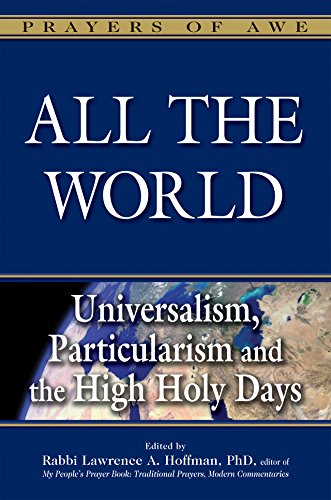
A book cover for All the World: Universalism, Particularism and the High Holy Days (Prayers of Awe); Religion & Spirituality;